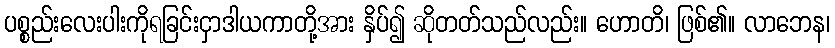
ပစ္စည်းလေးပါးကိုရခြင်းငှာဒါယကာတို့အား နှိပ်၍ ဆိုတတ်သည်လည်း။ ဟောတိ၊ ဖြစ်၏။ လာဘေန၊